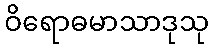
ဝိရောဓမာသာဒုသု